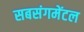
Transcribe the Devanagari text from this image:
सबसंगमेंटल